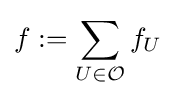
f:=\sum _{U\in {\mathcal {O}}}f_{U}